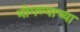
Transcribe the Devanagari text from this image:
भोगण्याच्या